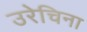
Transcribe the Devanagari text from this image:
उरेचिना